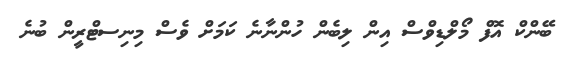
ބޭންކް އޮފް މޯލްޑިވްސް އިން ލިބެން ހުންނާނެ ކަމަށް ވެސް މިނިސޓްރީން ބުނެ